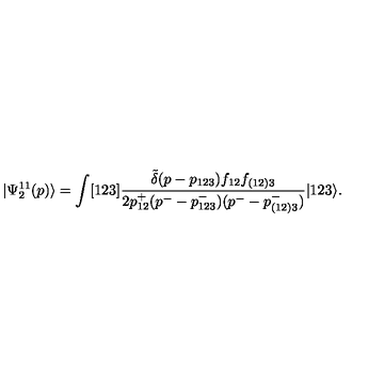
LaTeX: | \Psi _ { 2 } ^ { 1 1 } ( p ) \rangle = \int [ 1 2 3 ] \frac { \tilde { \delta } ( p - p _ { 1 2 3 } ) f _ { 1 2 } f _ { ( 1 2 ) 3 } } { 2 p _ { 1 2 } ^ { + } ( p ^ { - } - p _ { 1 2 3 } ^ { - } ) ( p ^ { - } - p _ { ( 1 2 ) 3 } ^ { - } ) } | 1 2 3 \rangle .